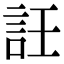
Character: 䚾